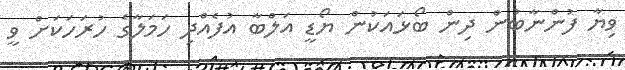
ވިޔާ ފުންނާބުން ދިން ބޯޅައަކުން ޔޯޑީ އަލްބާ އުފެއްދި ހަމަލާގެ ހުރަހަކަށް ވީ